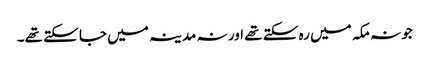
جو نہ مکہ میں رہ سکتے تھے اور نہ مدینہ میں جا سکتے تھے۔